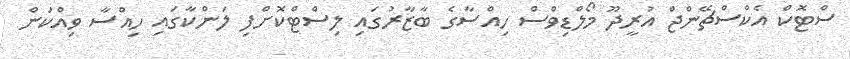
ސްޓޮކް އެކްސްޗޭންޖް އުރީދޫ މޯލްޑިވްސް ހިއްސާގެ ބާޒާރުގައި ލިސްޓްކޮށްފި ލަންކާގައި ހިއްސާ ވިއްކަން